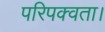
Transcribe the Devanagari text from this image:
परिपक्वता।